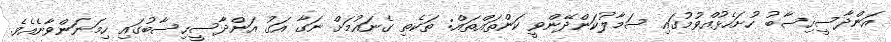
އަންދާސީހިސާބު ހުށަހެޅުއްވުމުގައި ސަމާލުކަންދޭންވީ ކަންތައްތައް: ތަކެތި ގެނައުމަށް ނަގާ އަގު އަންދާސީހިސާބުގައި ހިމަނަންވާނެއެވެ.